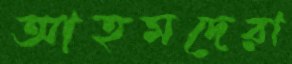
আহমদেরা